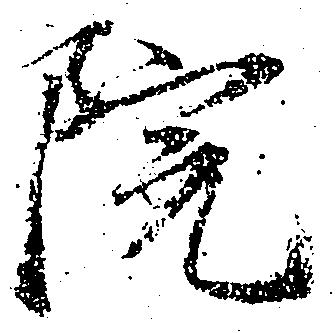
院